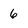
Character: 6